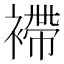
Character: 𧜵